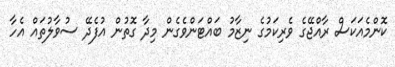
ކޮންމެއަކަސް ރާއްޖޭގެ ވެރިކަމުގެ ނިޒާމު ބައްޓަންވެގެން މިދާ ގޮތުން އުފެދޭ ސުވާލުތައް އެހާ